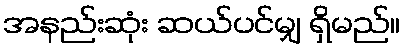
အနည်းဆုံး ဆယ်ပင်မျှ ရှိမည်။